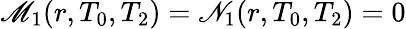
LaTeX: \mathscr{M}_{1}(r,T_{0},T_{2})=\mathscr{N}_{1}(r,T_{0},T_{2})=0